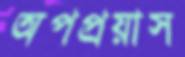
অপপ্রয়াস